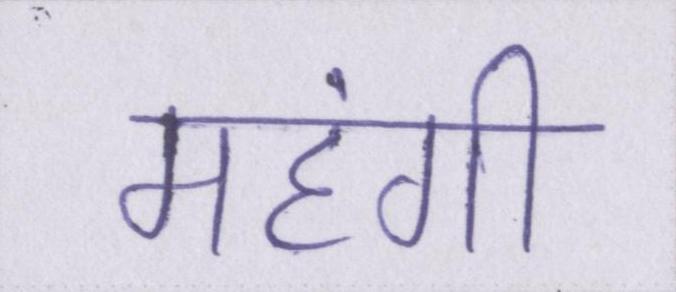
महंगी